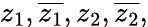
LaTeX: z_{1},{\overline{{z_{1}}}},z_{2},{\overline{{z_{2}}}},